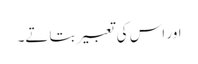
اور اس کی تعبیر بتاتے۔